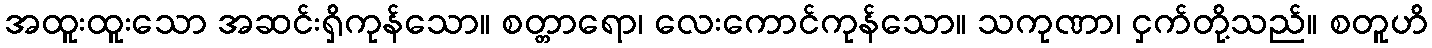
အထူးထူးသော အဆင်းရှိကုန်သော။ စတ္တာရော၊ လေးကောင်ကုန်သော။ သကုဏာ၊ ငှက်တို့သည်။ စတူဟိ